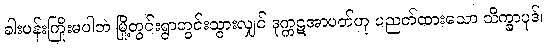
ခါးပန်းကြိုးမပါဘဲ မြို့တွင်းရွာတွင်းသွားလျှင် ဒုက္ကဋအာပတ်ဟု ပညတ်ထားသော သိက္ခာပုဒ်၊